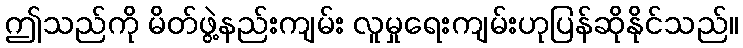
ဤသည်ကို မိတ်ဖွဲ့နည်းကျမ်း လူမှုရေးကျမ်းဟုပြန်ဆိုနိုင်သည်။